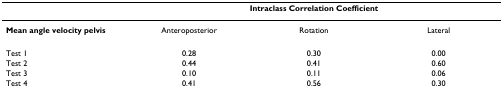
<table><thead><tr><td></td><td colspan="3"><b>Intraclass Correlation Coefficient</b></td></tr></thead><tbody><tr><td><b>Mean angle velocity pelvis</b></td><td>Anteroposterior</td><td>Rotation</td><td>Lateral</td></tr><tr><td>Test 1</td><td>0.28</td><td>0.30</td><td>0.00</td></tr><tr><td>Test 2</td><td>0.44</td><td>0.41</td><td>0.60</td></tr><tr><td>Test 3</td><td>0.10</td><td>0.11</td><td>0.06</td></tr><tr><td>Test 4</td><td>0.41</td><td>0.56</td><td>0.30</td></tr></tbody></table>